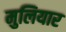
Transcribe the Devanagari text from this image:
मुलियार